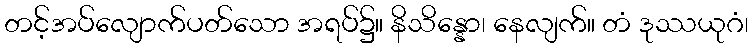
တင့်အပ်လျောက်ပတ်သော အရပ်၌။ နိသိန္နော၊ နေလျက်။ တံ ဒုဿယုဂံ၊